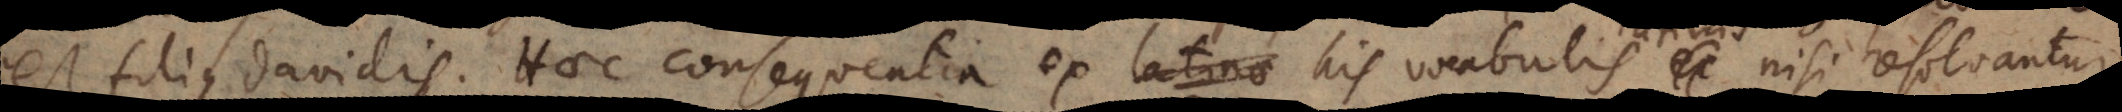
est filius Davidis. Haec consequentia ex his vocabulis latinis nisi resolvantur